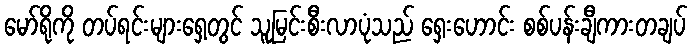
မော်ရိုကို တပ်ရင်းများရှေ့တွင် သူမြင်းစီးလာပုံသည် ရှေးဟောင်း စစ်ပန်းချီကားတချပ်